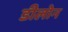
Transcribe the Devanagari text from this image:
डीलोन